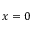
x = 0